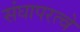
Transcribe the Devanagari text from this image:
संघापरत्वे